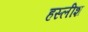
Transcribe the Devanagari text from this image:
हस्लीश